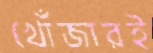
খোঁজারই